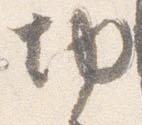
切